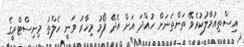
އިސްތިއުމާލުކުރެވޭ ތަންތަނަށް ހުއްދަ އަށް އެދޭ ފޯމު މިހާރު ވަނީ ހެލްތު މިނިސްޓްރީގެ